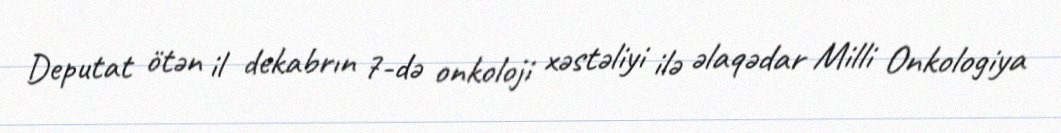
Deputat ötən il dekabrın 7-də onkoloji xəstəliyi ilə əlaqədar Milli Onkologiya